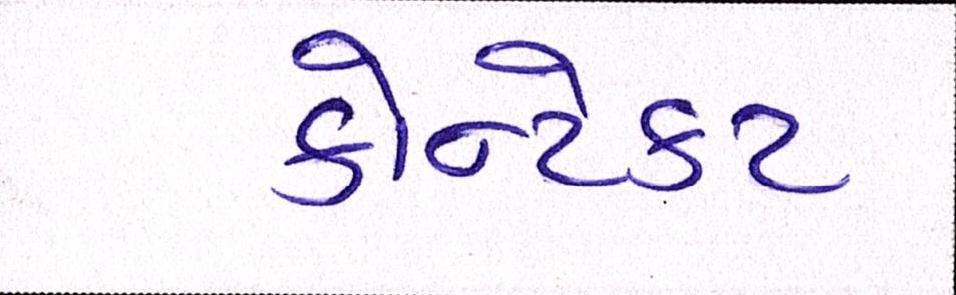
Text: કોન્ટેકટ